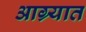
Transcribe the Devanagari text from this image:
आग्र्यात